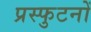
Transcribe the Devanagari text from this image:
प्रस्फुटनों